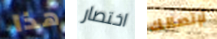
هذا اختصار لإتصالك